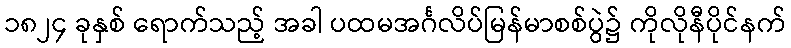
၁၈၂၄ ခုနှစ် ရောက်သည့် အခါ ပထမအင်္ဂလိပ်မြန်မာစစ်ပွဲ၌ ကိုလိုနီပိုင်နက်